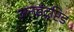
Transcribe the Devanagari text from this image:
अनइंट्रप्टि़ड